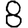
Digit: 8